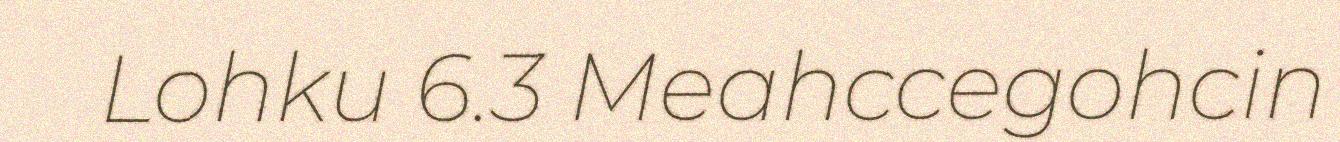
Lohku 6.3 Meahccegohcin